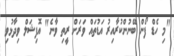
"މި ހެޑް ފޯން ބޭނުންކުރާއިރު އަޑުތައް ވަރަށް ރީތި ވާނެ" އޮފިޝަލް ވިދާޅުވި